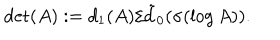
LaTeX: \det ( A ) : = d _ { 1 } ( A ) / \tilde { d } _ { 0 } ( \sigma ( \log A ) ) .